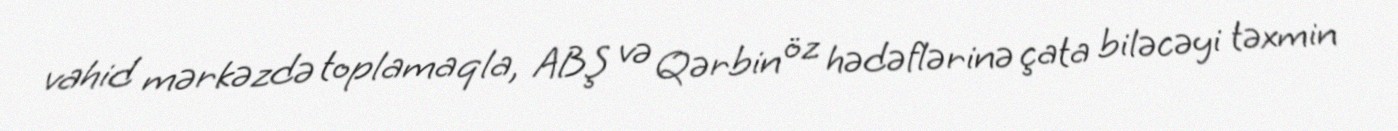
vahid mərkəzdə toplamaqla, ABŞ və Qərbin öz hədəflərinə çata biləcəyi təxmin